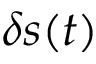
\delta s ( t )